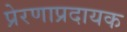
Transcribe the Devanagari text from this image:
प्रेरणाप्रदायक